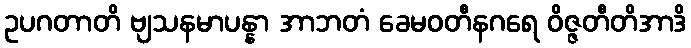
ဥပဂတာတိ ဗျသနမာပန္နာ အာဘတံ ခေမဝတီနဂရေ ဝိဇ္ဇတီတိအာဒိ